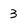
Character: 3